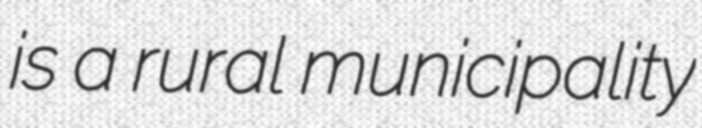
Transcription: is a rural municipality